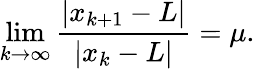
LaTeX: \operatorname*{lim}_{k\to\infty}{\frac{|x_{k+1}-L|}{|x_{k}-L|}}=\mu.